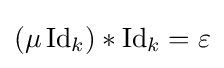
(\mu \operatorname {Id} _{k})*\operatorname {Id} _{k}=\varepsilon